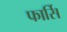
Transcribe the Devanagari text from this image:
फार्सि